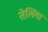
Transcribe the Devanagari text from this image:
तेलिंगा